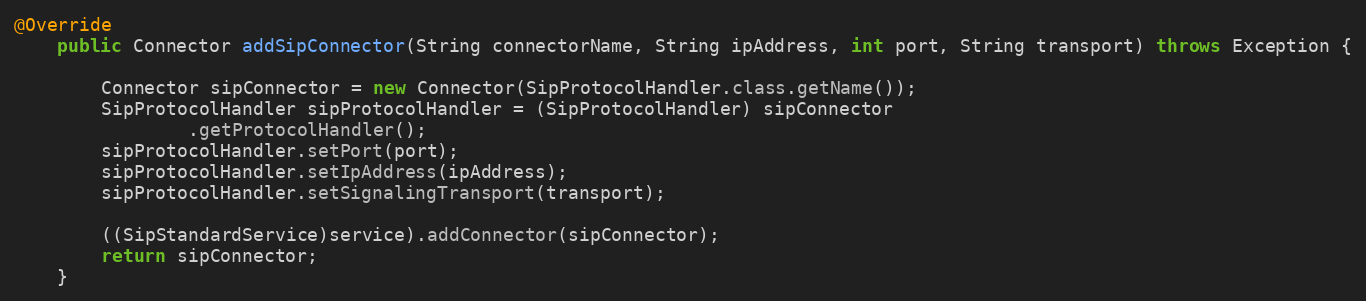
Language: Java
@Override
	public Connector addSipConnector(String connectorName, String ipAddress, int port, String transport) throws Exception {

		Connector sipConnector = new Connector(SipProtocolHandler.class.getName());
		SipProtocolHandler sipProtocolHandler = (SipProtocolHandler) sipConnector
				.getProtocolHandler();
		sipProtocolHandler.setPort(port);
		sipProtocolHandler.setIpAddress(ipAddress);
		sipProtocolHandler.setSignalingTransport(transport);

		((SipStandardService)service).addConnector(sipConnector);
		return sipConnector;
	}